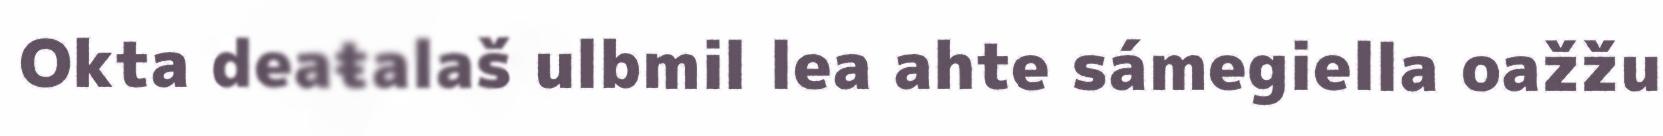
Okta deaŧalaš ulbmil lea ahte sámegiella oažžu